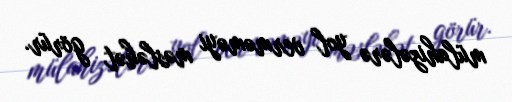
mülahizələrə yol verməməyi məsləhət görür.